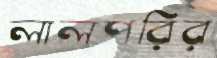
লালপরির